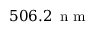
5 0 6 . 2 \, \textrm { n m }